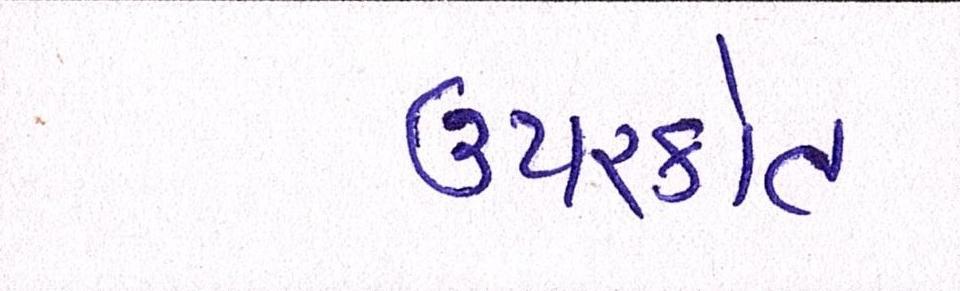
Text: ઉપરકોત